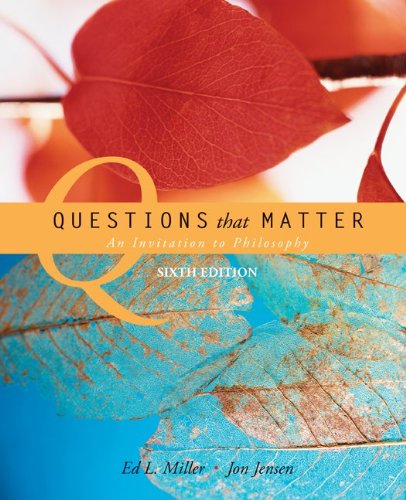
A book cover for Questions that Matter: An Invitation to Philosophy; Ed. Miller; Politics & Social Sciences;